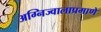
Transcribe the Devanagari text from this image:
अग्निज्वालाप्रमाणे